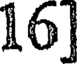
16]